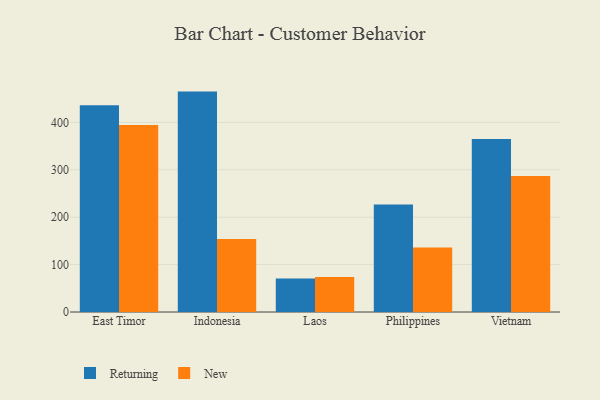
{"axis": {"x": "Country", "y": "Headcount"}, "legend": ["New", "Returning"], "data": [{"x": "East Timor", "y": 436.3, "type": "Returning"}, {"x": "East Timor", "y": 394.3, "type": "New"}, {"x": "Indonesia", "y": 464.9, "type": "Returning"}, {"x": "Indonesia", "y": 154.1, "type": "New"}, {"x": "Laos", "y": 70.8, "type": "Returning"}, {"x": "Laos", "y": 73.7, "type": "New"}, {"x": "Philippines", "y": 226.7, "type": "Returning"}, {"x": "Philippines", "y": 136.1, "type": "New"}, {"x": "Vietnam", "y": 365.1, "type": "Returning"}, {"x": "Vietnam", "y": 286.7, "type": "New"}]}